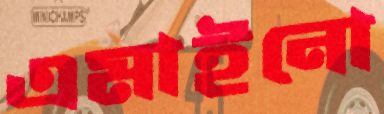
এমাইনো